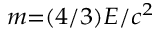
\scriptstyle { m = ( 4 / 3 ) E / c ^ { 2 } }